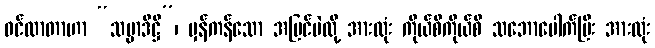
ဝင်လာတာဟာ “သမ္မာဒိဋ္ဌိ”၊ မှန်ကန်သော အမြင်ပဲလို့ အားလုံး ကိုယ်စီကိုယ်စီ သဘောပေါက်ပြီး အားလုံး